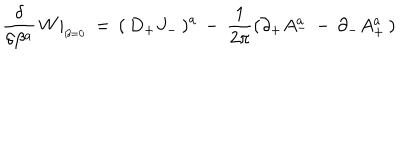
{ \frac { \delta } { \delta \beta ^ { a } } } \, W \vert _ { _ { \beta = 0 } } \, = \, ( \, D _ { + } J _ { - } \, ) ^ { a } \, - \, { \frac { 1 } { 2 \pi } } ( \partial _ { + } A _ { - } ^ { a } \, - \, \partial _ { - } A _ { + } ^ { a } \, )